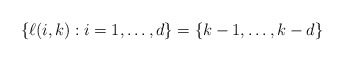
\begin{align*}\{\ell(i,k) : i = 1,\ldots,d\} = \{k - 1,\ldots,k - d\}\end{align*}